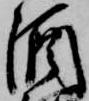
酒